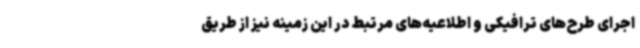
اجرای طرح‌های ترافیکی و اطلاعیه‌های مرتبط در این زمینه نیز از طریق